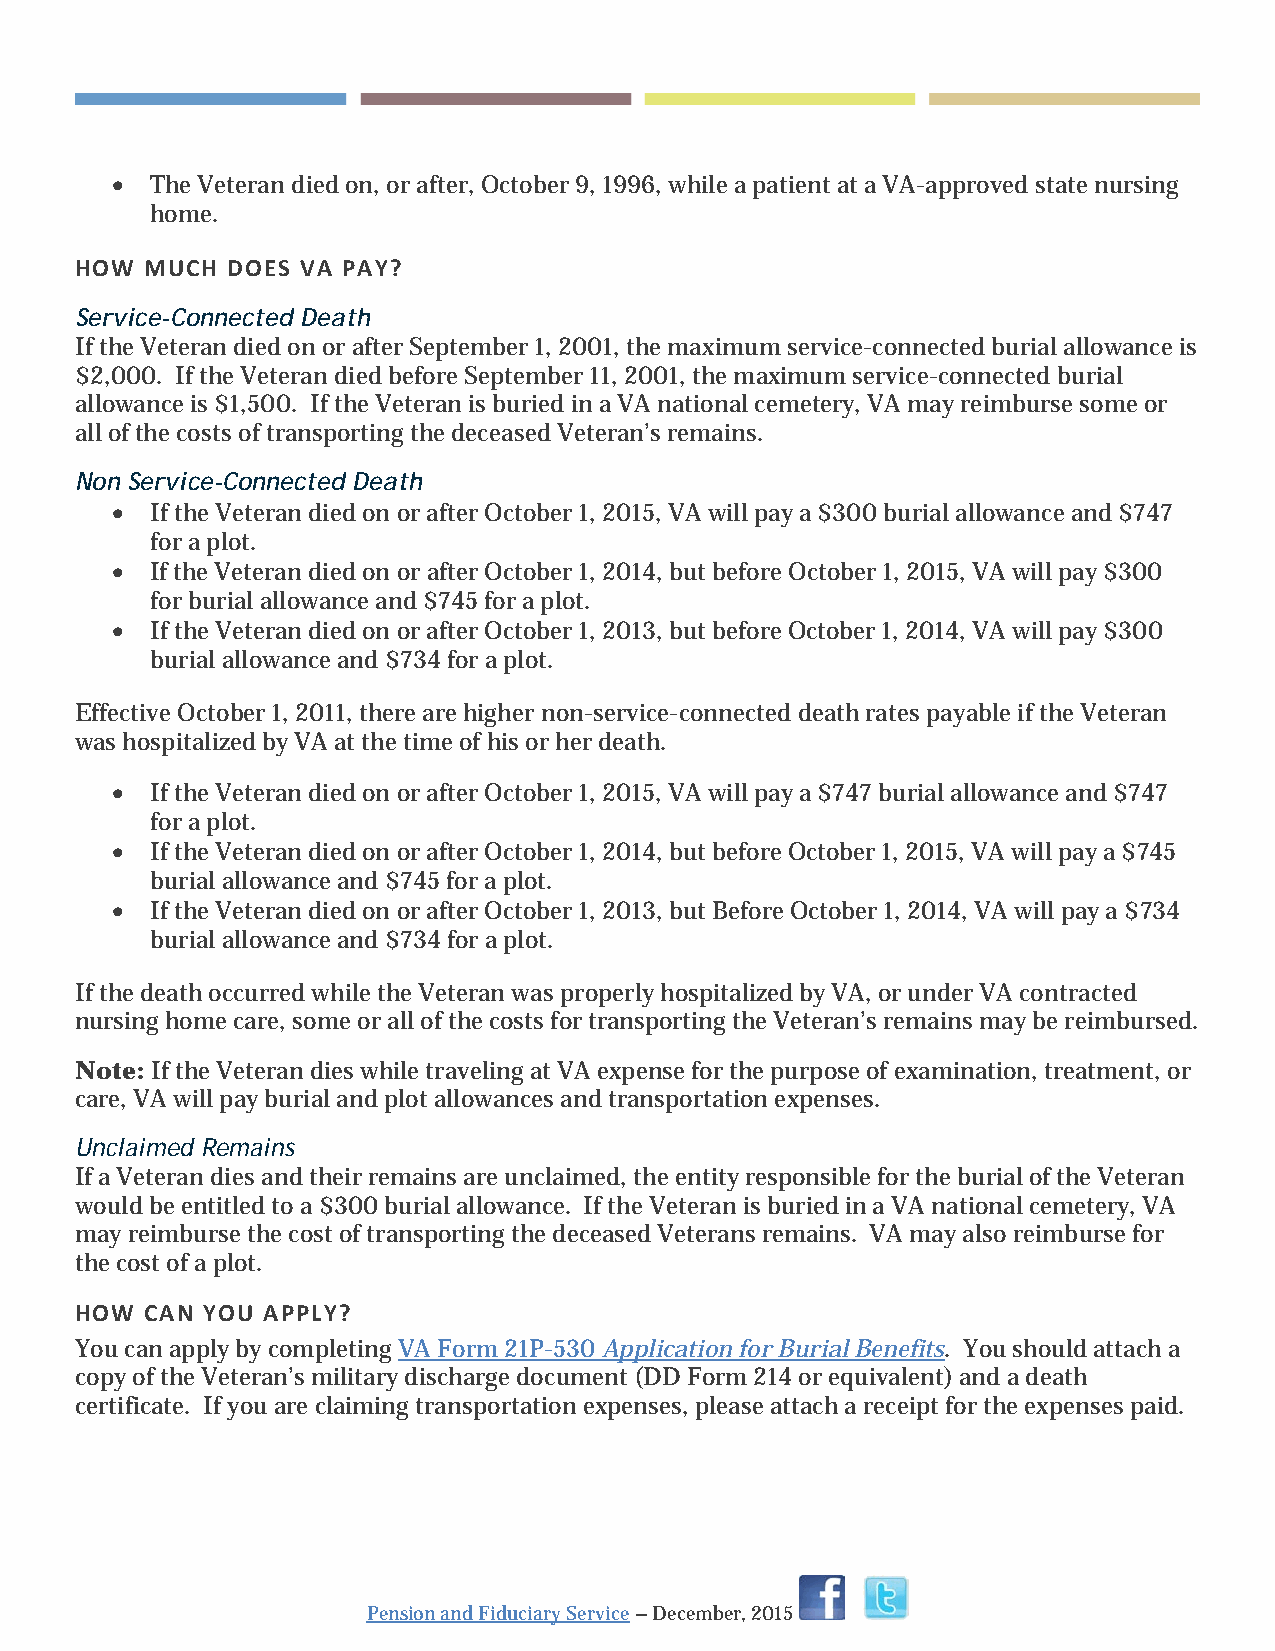
•  The Veteran died on, or after, October 9, 1996, while a patient at a VA-approved state nursing
 home.
 HOW  MUCH DOES VA PAY?
 Service-Connected Death
 If the Veteran died on or after September 1, 2001, the maximum service-connected burial allowance is
 $2,000. If the Veteran died before September 11, 2001, the maximum service-connected burial
 allowance is $1,500. If the Veteran is buried in a VA national cemetery, VA may reimburse some or
 all of the costs of transporting the deceased Veteran’s remains.
 Non Service-Connected Death
 •  If the Veteran died on or after October 1, 2015, VA will pay a $300 burial allowance and $747
 for a plot.
 •  If the Veteran died on or after October 1, 2014, but before October 1, 2015, VA will pay $300
 for burial allowance and $745 for a plot.
 •  If the Veteran died on or after October 1, 2013, but before October 1, 2014, VA will pay $300
 burial allowance and $734 for a plot.
 Effective October 1, 2011, there are higher non-service-connected death rates payable if the Veteran
 was hospitalized by VA at the time of his or her death.
 •  If the Veteran died on or after October 1, 2015, VA will pay a $747 burial allowance and $747
 for a plot.
 •  If the Veteran died on or after October 1, 2014, but before October 1, 2015, VA will pay a $745
 burial allowance and $745 for a plot.
 •  If the Veteran died on or after October 1, 2013, but Before October 1, 2014, VA will pay a $734
 burial allowance and $734 for a plot.
 If the death occurred while the Veteran was properly hospitalized by VA, or under VA contracted
 nursing home care, some or all of the costs for transporting the Veteran’s remains may be reimbursed.
 Note: If the Veteran dies while traveling at VA expense for the purpose of examination, treatment, or
 care, VA will pay burial and plot allowances and transportation expenses.
 Unclaimed Remains
 If a Veteran dies and their remains are unclaimed, the entity responsible for the burial of the Veteran
 would be entitled to a $300 burial allowance. If the Veteran is buried in a VA national cemetery, VA
 may reimburse the cost of transporting the deceased Veterans remains. VA may also reimburse for
 the cost of a plot.
 HOW  CAN YOU APPLY?
 You can apply by completing VA Form 21P-530 Application for Burial Benefits. You should attach a
 copy of the Veteran’s military discharge document (DD Form 214 or equivalent) and a death
 certificate. If you are claiming transportation expenses, please attach a receipt for the expenses paid.
 Pension and Fiduciary Service – December, 2015